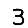
Digit: 3